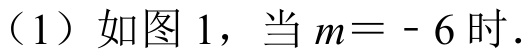
（1）如图 1，当 \(m = - 6\) 时．